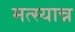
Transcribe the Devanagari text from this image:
मत्स्यान्न